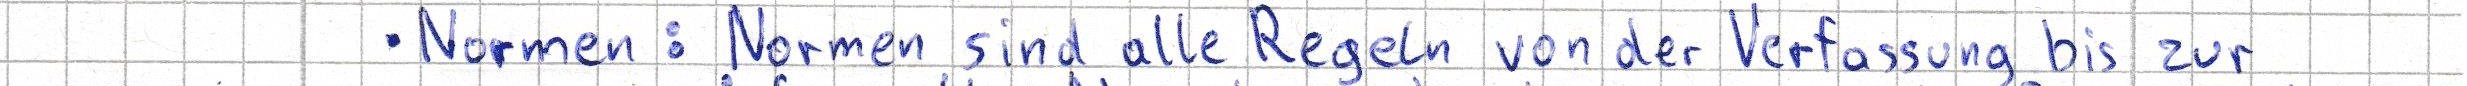
- Normen: Normen sind alle Regeln von der Verfassung bis zur